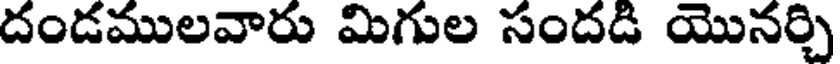
దండములవారు మిగుల సందడి యొనర్చి